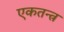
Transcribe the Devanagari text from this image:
एकतन्त्र